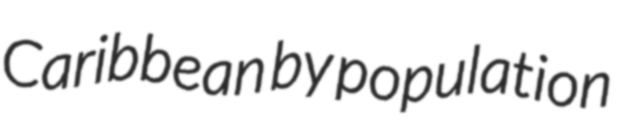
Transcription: Caribbean by population